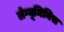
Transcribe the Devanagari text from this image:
लेग्यूमिनिस